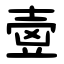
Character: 㚃